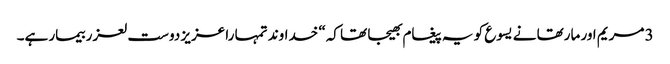
3 مریم اور مارتھا نے یسوع کو یہ پیغام بھیجا تھا کہ“ خداوند تمہا را عزیز دوست لعزر بیمار ہے۔